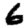
Digit: 6